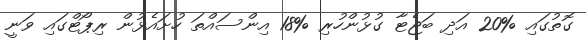
ގޮތުގައި %20 އަދި ބަޖެޓާ ގުޅުންހުރި %18 އިންސައްތަ ހުށައެޅުން ރިޕޯޓްގައި ވަނީ